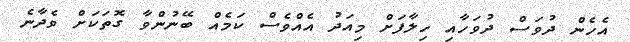
އެހެން ދުވަސް ދުވަހާއި ހިލާފަށް މިއަދު އެއްވެސް ކަމެއް ބޭނުންވާ ގޮތަކަށް ވެދާނެ